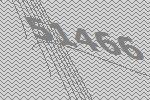
51466